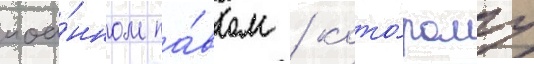
иоа́нном па́влом / кото́рому